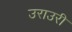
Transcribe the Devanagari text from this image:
उराउरी